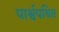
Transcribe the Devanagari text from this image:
पार्श्वपथित